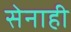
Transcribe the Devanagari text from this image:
सेनाही